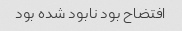
افتضاح بود نابود شده بود